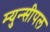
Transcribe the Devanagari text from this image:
म्युन्सीपल